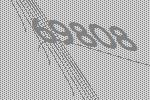
69808